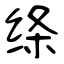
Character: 绦